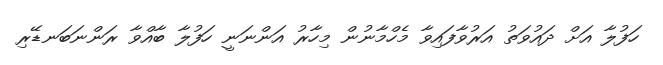
ހަފުލާ އަށް ދައުވަތު އަރުވާފައިވާ މެހްމާނުން މިހާރު އަންނަނީ ހަފުލާ ބާއްވާ ރަންނަބަނޑޭރި